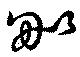
毘